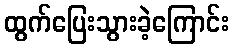
ထွက်ပြေးသွားခဲ့ကြောင်း